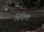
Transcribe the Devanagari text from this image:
शिंदेला